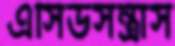
এসিডসন্ত্রাস